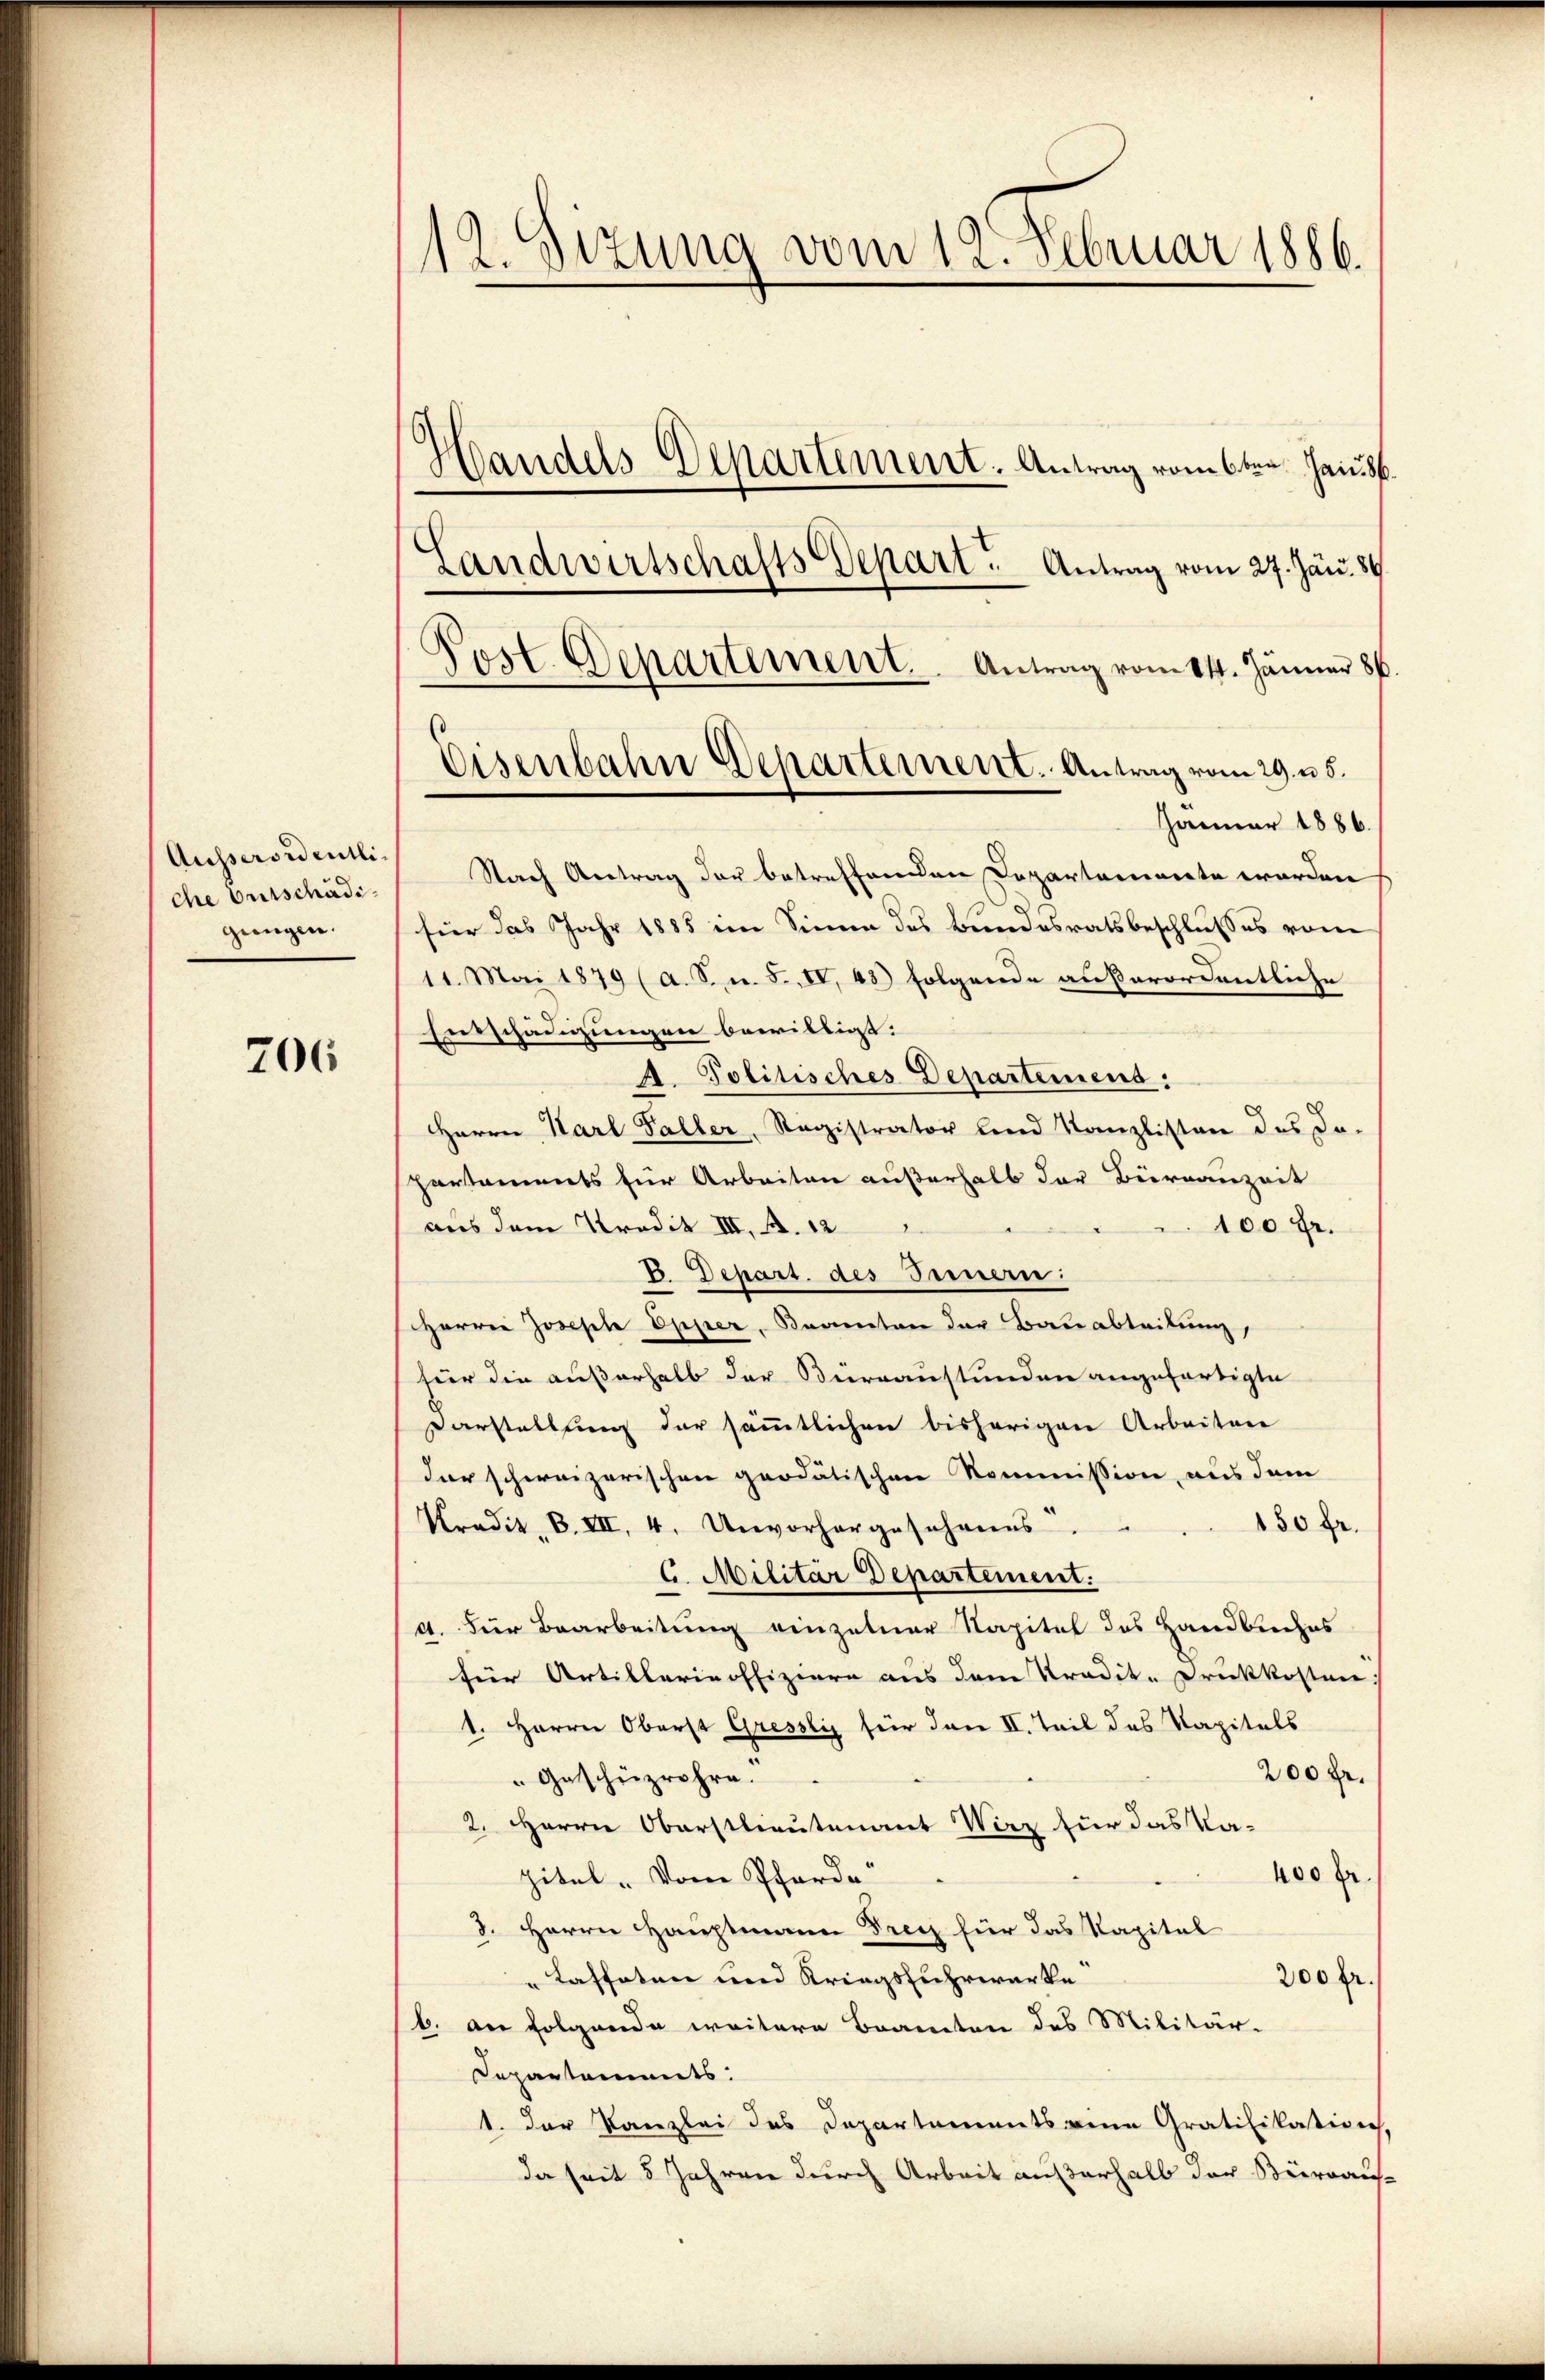
Ausseroidentliche Entschädigungen.

206

112. Sizung vom 12. Februar 1886.
Handels-Departement. Antrag vom 6ten Handf.

Landwirtschafts Depart. Antrag vom 27. Jän. 84.
Post. Departement. Antrag vom 14. Jänner 86.
Januar 1886.
Nach Antrag der betreffenden Departemente worden
für das Jahr 1885 im Sinne des Bundesratsbeschlußes vom
11. Mai 1879 (a. S. u. 5, IV, 43) folgende außerordentliche
Entschädigungen bewilligt:
A. Politisches Departemend:
Herrn Karl Faller, Registrator und Kanzlisten des da-
spartements für Arbeiten außerhalb der Bernanzeit
aus dem Kredit III. A. 12
100 fr.
B. Depart. des Innern:
Herren Joseph Opper, Beamten der Bauabtribung,
für die außerhalb der Büreaustunden angefertigte
Darstellung der sämmtlichen bisherigen Arbeitere
der schweizerischen geodätischen Kommission aus dem
150 fr.
Kredit. B. III. 4. Unvorhergosohanns.
C. Militär Departement.
A. Für Bearbeitung einzelner Kapitel des Handbuches
für Artillerieoffiziere aus dem Tradit-Druckkosten
1. Herrn Oberst Gresslis für dann II. Teil des Kapitals
200 fr.
Geschüzrohre.
2. Herrn Oberstlieutenant Wirz für das Ka-
400 f
pitel. Von Pferde
d. Herrn Hauptmann Drey für das Kapital
" Cassaten und Kriegsfuhrwerke
200 fr.
b. an folgende weitere Beamten des Militär-
Departaments.
1. Der Kanzlei des Departements eine Gratifikation,
da seit 5 Jahren durch Arbeit außerhalb der Bürraus-

Eisenbahn Departement. Antrag vom 29. u 5.